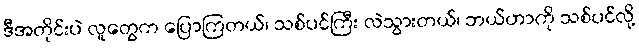
ဒီအတိုင်းပဲ လူတွေက ပြောကြတယ်၊ သစ်ပင်ကြီး လဲသွားတယ်၊ ဘယ်ဟာကို သစ်ပင်လို့